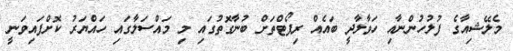
މެލޭޝިއާގެ ފުލުހުންނާއި ހަވާލާދީ ބައެއް ރިޕޯޓްތަށް ބުނާގޮތުގައި މި މައްސަލާގައި ހައްޔަރު ކޮށްފައިވަނީ